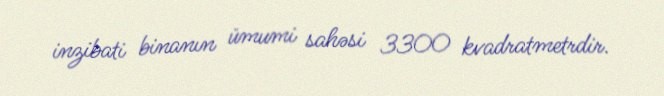
inzibati binanın ümumi sahəsi 3300 kvadratmetrdir.